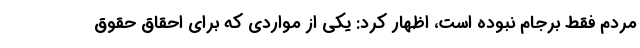
مردم فقط برجام نبوده است، اظهار کرد: یکی از مواردی که برای احقاق حقوق